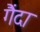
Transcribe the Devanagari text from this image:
गैंदा